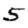
Digit: 5